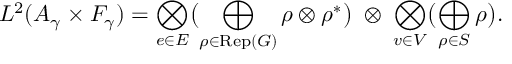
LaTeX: L ^ { 2 } ( { \cal A } _ { \gamma } \times { \cal F } _ { \gamma } ) = \bigotimes _ { e \in E } \bigl ( \bigoplus _ { \rho \in \mathrm { R e p } ( G ) } \rho \otimes \rho ^ { * } \bigr ) \; \otimes \; \bigotimes _ { v \in V } \bigl ( \bigoplus _ { \rho \in S } \rho \bigr ) .